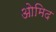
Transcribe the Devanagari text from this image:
ओमिद